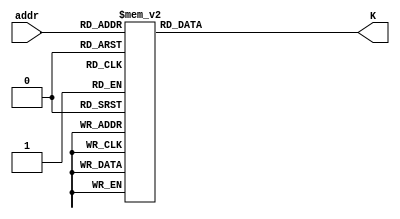
//======================================================================
//
// sha512_k_constants.v
// --------------------
// The table K with constants in the SHA-512 hash function.
//
//
// Copyright (c) 2014 Secworks Sweden AB
// All rights reserved.
//
// Redistribution and use in source and binary forms, with or
// without modification, are permitted provided that the following
// conditions are met:
//
// 1. Redistributions of source code must retain the above copyright
//    notice, this list of conditions and the following disclaimer.
//
// 2. Redistributions in binary form must reproduce the above copyright
//    notice, this list of conditions and the following disclaimer in
//    the documentation and/or other materials provided with the
//    distribution.
//
// THIS SOFTWARE IS PROVIDED BY THE COPYRIGHT HOLDERS AND CONTRIBUTORS
// "AS IS" AND ANY EXPRESS OR IMPLIED WARRANTIES, INCLUDING, BUT NOT
// LIMITED TO, THE IMPLIED WARRANTIES OF MERCHANTABILITY AND FITNESS
// FOR A PARTICULAR PURPOSE ARE DISCLAIMED. IN NO EVENT SHALL THE
// COPYRIGHT OWNER OR CONTRIBUTORS BE LIABLE FOR ANY DIRECT, INDIRECT,
// INCIDENTAL, SPECIAL, EXEMPLARY, OR CONSEQUENTIAL DAMAGES (INCLUDING,
// BUT NOT LIMITED TO, PROCUREMENT OF SUBSTITUTE GOODS OR SERVICES;
// LOSS OF USE, DATA, OR PROFITS; OR BUSINESS INTERRUPTION) HOWEVER
// CAUSED AND ON ANY THEORY OF LIABILITY, WHETHER IN CONTRACT,
// STRICT LIABILITY, OR TORT (INCLUDING NEGLIGENCE OR OTHERWISE)
// ARISING IN ANY WAY OUT OF THE USE OF THIS SOFTWARE, EVEN IF
// ADVISED OF THE POSSIBILITY OF SUCH DAMAGE.
//
//======================================================================


`timescale 1ns / 100ps

module sha512_k_constants(
                          input wire  [6 : 0]  addr,
                          output wire [63 : 0] K
                         );

  //----------------------------------------------------------------
  // Wires.
  //----------------------------------------------------------------
  reg [63 : 0] tmp_K;


  //----------------------------------------------------------------
  // Concurrent connectivity for ports etc.
  //----------------------------------------------------------------
  assign K = tmp_K;


  //----------------------------------------------------------------
  // addr_mux
  //----------------------------------------------------------------
  always @*
    begin : addr_mux
      case(addr)
        0:  tmp_K = 64'h428a2f98d728ae22;
        1:  tmp_K = 64'h7137449123ef65cd;
        2:  tmp_K = 64'hb5c0fbcfec4d3b2f;
        3:  tmp_K = 64'he9b5dba58189dbbc;
        4:  tmp_K = 64'h3956c25bf348b538;
        5:  tmp_K = 64'h59f111f1b605d019;
        6:  tmp_K = 64'h923f82a4af194f9b;
        7:  tmp_K = 64'hab1c5ed5da6d8118;
        8:  tmp_K = 64'hd807aa98a3030242;
        9:  tmp_K = 64'h12835b0145706fbe;
        10: tmp_K = 64'h243185be4ee4b28c;
        11: tmp_K = 64'h550c7dc3d5ffb4e2;
        12: tmp_K = 64'h72be5d74f27b896f;
        13: tmp_K = 64'h80deb1fe3b1696b1;
        14: tmp_K = 64'h9bdc06a725c71235;
        15: tmp_K = 64'hc19bf174cf692694;
        16: tmp_K = 64'he49b69c19ef14ad2;
        17: tmp_K = 64'hefbe4786384f25e3;
        18: tmp_K = 64'h0fc19dc68b8cd5b5;
        19: tmp_K = 64'h240ca1cc77ac9c65;
        20: tmp_K = 64'h2de92c6f592b0275;
        21: tmp_K = 64'h4a7484aa6ea6e483;
        22: tmp_K = 64'h5cb0a9dcbd41fbd4;
        23: tmp_K = 64'h76f988da831153b5;
        24: tmp_K = 64'h983e5152ee66dfab;
        25: tmp_K = 64'ha831c66d2db43210;
        26: tmp_K = 64'hb00327c898fb213f;
        27: tmp_K = 64'hbf597fc7beef0ee4;
        28: tmp_K = 64'hc6e00bf33da88fc2;
        29: tmp_K = 64'hd5a79147930aa725;
        30: tmp_K = 64'h06ca6351e003826f;
        31: tmp_K = 64'h142929670a0e6e70;
        32: tmp_K = 64'h27b70a8546d22ffc;
        33: tmp_K = 64'h2e1b21385c26c926;
        34: tmp_K = 64'h4d2c6dfc5ac42aed;
        35: tmp_K = 64'h53380d139d95b3df;
        36: tmp_K = 64'h650a73548baf63de;
        37: tmp_K = 64'h766a0abb3c77b2a8;
        38: tmp_K = 64'h81c2c92e47edaee6;
        39: tmp_K = 64'h92722c851482353b;
        40: tmp_K = 64'ha2bfe8a14cf10364;
        41: tmp_K = 64'ha81a664bbc423001;
        42: tmp_K = 64'hc24b8b70d0f89791;
        43: tmp_K = 64'hc76c51a30654be30;
        44: tmp_K = 64'hd192e819d6ef5218;
        45: tmp_K = 64'hd69906245565a910;
        46: tmp_K = 64'hf40e35855771202a;
        47: tmp_K = 64'h106aa07032bbd1b8;
        48: tmp_K = 64'h19a4c116b8d2d0c8;
        49: tmp_K = 64'h1e376c085141ab53;
        50: tmp_K = 64'h2748774cdf8eeb99;
        51: tmp_K = 64'h34b0bcb5e19b48a8;
        52: tmp_K = 64'h391c0cb3c5c95a63;
        53: tmp_K = 64'h4ed8aa4ae3418acb;
        54: tmp_K = 64'h5b9cca4f7763e373;
        55: tmp_K = 64'h682e6ff3d6b2b8a3;
        56: tmp_K = 64'h748f82ee5defb2fc;
        57: tmp_K = 64'h78a5636f43172f60;
        58: tmp_K = 64'h84c87814a1f0ab72;
        59: tmp_K = 64'h8cc702081a6439ec;
        60: tmp_K = 64'h90befffa23631e28;
        61: tmp_K = 64'ha4506cebde82bde9;
        62: tmp_K = 64'hbef9a3f7b2c67915;
        63: tmp_K = 64'hc67178f2e372532b;
        64: tmp_K = 64'hca273eceea26619c;
        65: tmp_K = 64'hd186b8c721c0c207;
        66: tmp_K = 64'heada7dd6cde0eb1e;
        67: tmp_K = 64'hf57d4f7fee6ed178;
        68: tmp_K = 64'h06f067aa72176fba;
        69: tmp_K = 64'h0a637dc5a2c898a6;
        70: tmp_K = 64'h113f9804bef90dae;
        71: tmp_K = 64'h1b710b35131c471b;
        72: tmp_K = 64'h28db77f523047d84;
        73: tmp_K = 64'h32caab7b40c72493;
        74: tmp_K = 64'h3c9ebe0a15c9bebc;
        75: tmp_K = 64'h431d67c49c100d4c;
        76: tmp_K = 64'h4cc5d4becb3e42b6;
        77: tmp_K = 64'h597f299cfc657e2a;
        78: tmp_K = 64'h5fcb6fab3ad6faec;
        79: tmp_K = 64'h6c44198c4a475817;

        default:
          tmp_K = 64'h0;
      endcase // case (addr)
    end // block: addr_mux
endmodule // sha512_k_constants

//======================================================================
// sha512_k_constants.v
//======================================================================